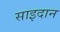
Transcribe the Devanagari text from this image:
साइदान